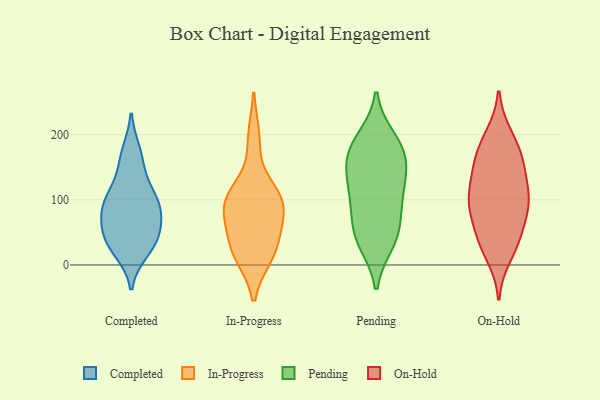
{"axis": {"x": "Waste Production (Tons)", "y": "Value"}, "legend": ["Completed", "In-Progress", "On-Hold", "Pending"], "data": [{"x": "", "y": 97, "type": "Completed"}, {"x": "", "y": 32, "type": "Completed"}, {"x": "", "y": 123, "type": "Completed"}, {"x": "", "y": 98, "type": "Completed"}, {"x": "", "y": 36, "type": "Completed"}, {"x": "", "y": 22, "type": "Completed"}, {"x": "", "y": 72, "type": "Completed"}, {"x": "", "y": 43, "type": "Completed"}, {"x": "", "y": 93, "type": "Completed"}, {"x": "", "y": 160, "type": "Completed"}, {"x": "", "y": 173, "type": "Completed"}, {"x": "", "y": 55, "type": "Completed"}, {"x": "", "y": 85, "type": "Completed"}, {"x": "", "y": 15, "type": "In-Progress"}, {"x": "", "y": 110, "type": "In-Progress"}, {"x": "", "y": 15, "type": "In-Progress"}, {"x": "", "y": 102, "type": "In-Progress"}, {"x": "", "y": 83, "type": "In-Progress"}, {"x": "", "y": 195, "type": "In-Progress"}, {"x": "", "y": 48, "type": "In-Progress"}, {"x": "", "y": 96, "type": "In-Progress"}, {"x": "", "y": 91, "type": "In-Progress"}, {"x": "", "y": 32, "type": "In-Progress"}, {"x": "", "y": 194, "type": "Pending"}, {"x": "", "y": 53, "type": "Pending"}, {"x": "", "y": 145, "type": "Pending"}, {"x": "", "y": 57, "type": "Pending"}, {"x": "", "y": 108, "type": "Pending"}, {"x": "", "y": 135, "type": "Pending"}, {"x": "", "y": 35, "type": "Pending"}, {"x": "", "y": 34, "type": "Pending"}, {"x": "", "y": 187, "type": "Pending"}, {"x": "", "y": 99, "type": "Pending"}, {"x": "", "y": 94, "type": "Pending"}, {"x": "", "y": 151, "type": "Pending"}, {"x": "", "y": 167, "type": "Pending"}, {"x": "", "y": 178, "type": "Pending"}, {"x": "", "y": 97, "type": "On-Hold"}, {"x": "", "y": 37, "type": "On-Hold"}, {"x": "", "y": 167, "type": "On-Hold"}, {"x": "", "y": 149, "type": "On-Hold"}, {"x": "", "y": 156, "type": "On-Hold"}, {"x": "", "y": 164, "type": "On-Hold"}, {"x": "", "y": 194, "type": "On-Hold"}, {"x": "", "y": 14, "type": "On-Hold"}, {"x": "", "y": 102, "type": "On-Hold"}, {"x": "", "y": 104, "type": "On-Hold"}, {"x": "", "y": 53, "type": "On-Hold"}, {"x": "", "y": 90, "type": "On-Hold"}, {"x": "", "y": 95, "type": "On-Hold"}, {"x": "", "y": 134, "type": "On-Hold"}, {"x": "", "y": 199, "type": "On-Hold"}, {"x": "", "y": 97, "type": "On-Hold"}, {"x": "", "y": 50, "type": "On-Hold"}, {"x": "", "y": 30, "type": "On-Hold"}]}